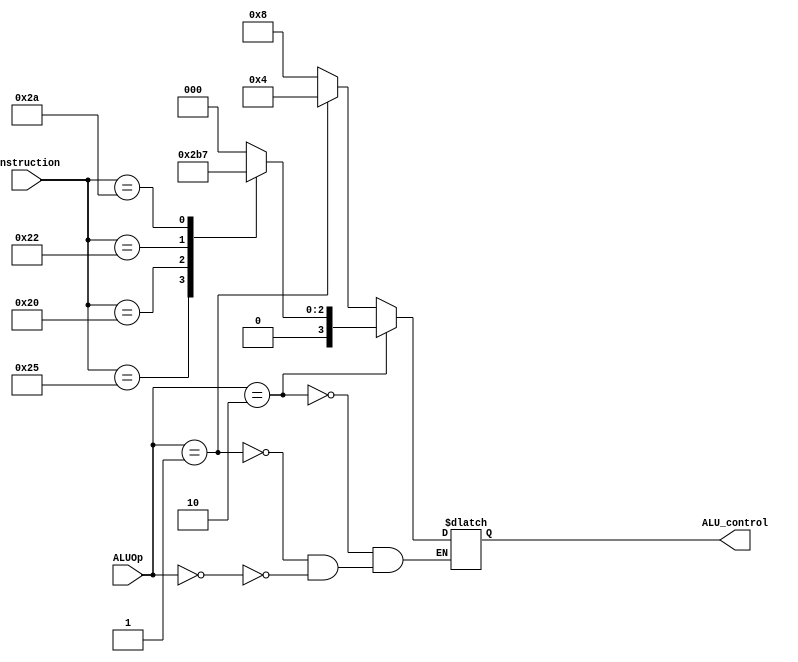
module ALUControl(ALUOp, instruction, ALU_control);
input [1:0] ALUOp;
input [5:0] instruction;
output [3:0] ALU_control;
reg [3:0] ALU_control;

always @ (ALUOp, instruction)
  begin
    if (ALUOp == 2'b00) ALU_control = 4'b1000; //addi
    if (ALUOp == 2'b01) ALU_control = 4'b0100; //sub
    if (ALUOp == 2'b10)
        begin
          case (instruction)
              6'b100100: //and
                ALU_control = 4'b0000;
              6'b100101: //or
                ALU_control = 4'b0001;
              6'b100000: //add
                ALU_control = 4'b0010;
              6'b100010: //sub
                ALU_control = 4'b0110;
              6'b101010: //slt
                ALU_control = 4'b0111;
              default: ALU_control = 4'bxxxx;
          endcase
        end
  end
endmodule